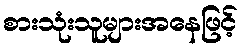
စားသုံးသူများအနေဖြင့်